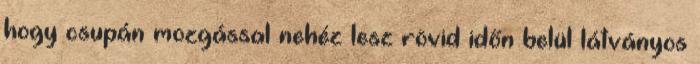
hogy csupán mozgással nehéz lesz rövid időn belül látványos